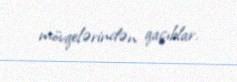
mövqelərindən qaçıblar.